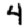
Digit: 4